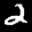
Label: 2